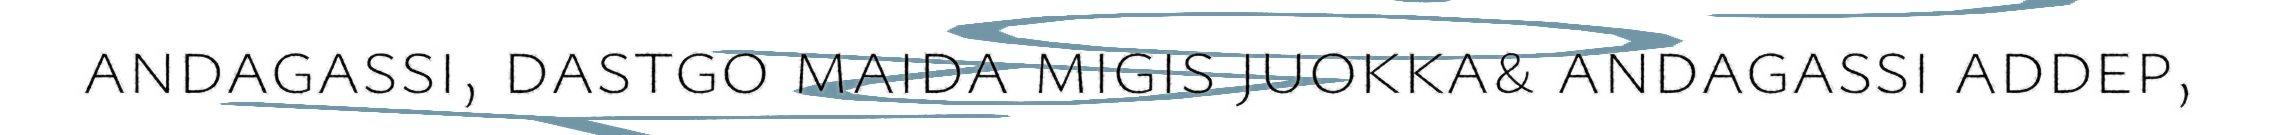
andagassi, dastgo maida migis juokka& andagassi addep,